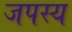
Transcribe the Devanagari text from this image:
जपस्य